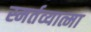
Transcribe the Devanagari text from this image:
स्मर्तव्यात्मा